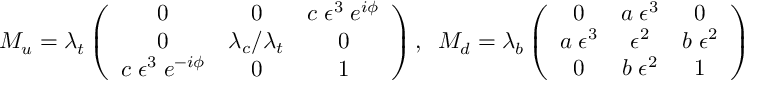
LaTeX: M _ { u } = \lambda _ { t } \left( \begin{array} { c c c } { { 0 } } & { { 0 } } & { { c \; \epsilon ^ { 3 } \; e ^ { i \phi } } } \\ { { 0 } } & { { \lambda _ { c } / \lambda _ { t } } } & { { 0 } } \\ { { c \; \epsilon ^ { 3 } \; e ^ { - i \phi } } } & { { 0 } } & { { 1 } } \end{array} \right) , \; \; M _ { d } = \lambda _ { b } \left( \begin{array} { c c c } { { 0 } } & { { a \; \epsilon ^ { 3 } } } & { { 0 } } \\ { { a \; \epsilon ^ { 3 } } } & { { \epsilon ^ { 2 } } } & { { b \; \epsilon ^ { 2 } } } \\ { { 0 } } & { { b \; \epsilon ^ { 2 } } } & { { 1 } } \end{array} \right)